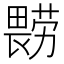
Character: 𰣔